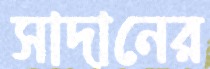
সাদানের